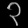
Digit: ၃